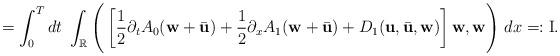
LaTeX: \begin{align*}= \int_{0}^{T} dt ~\int_{\mathbb{R}}\Bigg ( \left[\frac{1}{2}\partial_{t}A_{0}(\textbf{w}+\bar{\textbf{u}}) + \frac{1}{2}\partial_{x}A_{1}(\textbf{w}+\bar{\textbf{u}}) + D_{1}(\textbf{u}, \bar{\textbf{u}}, \textbf{w})\right]{\textbf{w}},{\textbf{w}} \Bigg ) ~ dx =: \mathrm{I}.\end{align*}